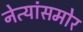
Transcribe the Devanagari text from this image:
नेत्यांसमोर